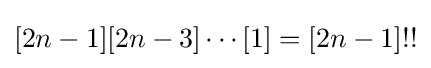
[2n-1][2n-3]\cdots [1]=[2n-1]!!